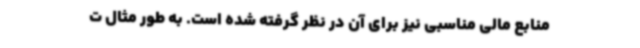
منابع مالی مناسبی نیز برای آن در نظر گرفته شده است. به طور مثال ت